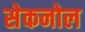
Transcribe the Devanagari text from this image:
सेकनोल